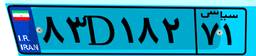
۸۳D۱۸۲۷۱